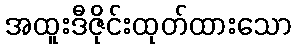
အထူးဒီဇိုင်းထုတ်ထားသော